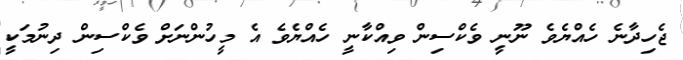
ޖެހިދާނެ ހެއްޔެވެ ނޫނީ ވެކްސިން ވިއްކާނީ ހެއްޔެވެ އެ މީހުންނަށް ވެކްސިން ދިނުމަކީ